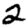
Digit: 2